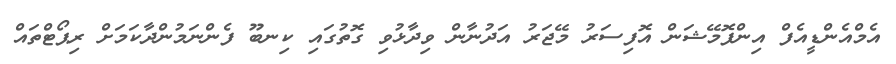
އެމްއެންޑީއެފް އިންފޮމޭޝަން އޮފިސަރު މޭޖަރު އަދުނާން ވިދާޅުވި ގޮތުގައި ކިނބޫ ފެންނަމުންދާކަމަށް ރިޕޯޓްތައް